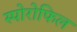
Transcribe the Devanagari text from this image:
स्पोरोफिल